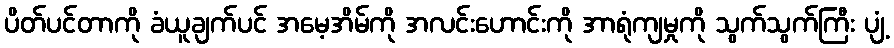
ပိတ်ပင်တာကို ခံယူချက်ပင် အမေ့အိမ်ကို အလင်းဟောင်းကို အာရုံကျမှုကို သွက်သွက်ကြီး ပျံ့